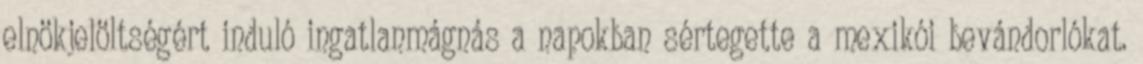
elnökjelöltségért induló ingatlanmágnás a napokban sértegette a mexikói bevándorlókat.